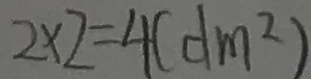
2 \times 2 = 4 ( d m ^ { 2 } )